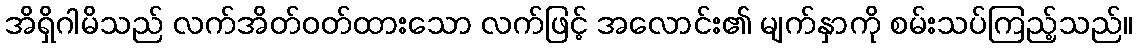
အိရှိဂါမိသည် လက်အိတ်ဝတ်ထားသော လက်ဖြင့် အလောင်း၏ မျက်နှာကို စမ်းသပ်ကြည့်သည်။